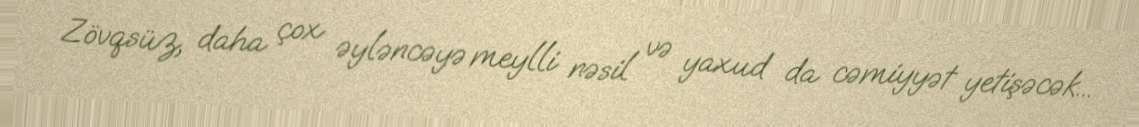
Zövqsüz, daha çox əyləncəyə meylli nəsil və yaxud da cəmiyyət yetişəcək...